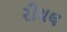
રીયલ